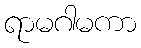
ရာမဂါမကာ